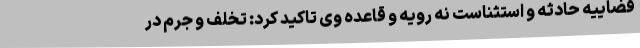
قضاییه حادثه و استثناست نه رویه و قاعده وی تاکید کرد: تخلف و جرم در